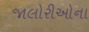
જાલોરીઓના